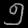
Digit: ၅